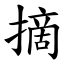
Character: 摘